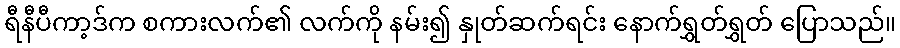
ရီနီပီကာ့ဒ်က စကားလက်၏ လက်ကို နမ်း၍ နှုတ်ဆက်ရင်း နောက်ရွှတ်ရွှတ် ပြောသည်။